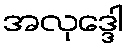
အလုဒ္ဒေါ